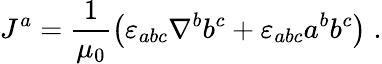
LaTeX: J^{a}=\frac{1}{\mu_{0}}\left({\varepsilon}_{abc}\nabla^{b}b^{c}+{\varepsilon}_{abc}a^{b}b^{c}\right)\; .